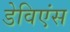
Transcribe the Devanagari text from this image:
डेविएंस